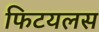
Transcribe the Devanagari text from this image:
फिटयलस